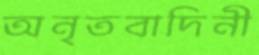
অনৃতবাদিনী